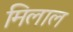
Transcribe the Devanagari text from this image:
मिलाल